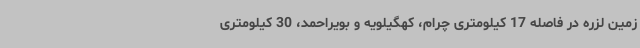
زمین لزره در فاصله 17 کیلومتری چرام، کهگیلویه و بویراحمد، 30 کیلومتری